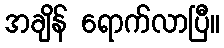
အချိန် ရောက်လာပြီ။